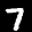
Label: 7